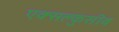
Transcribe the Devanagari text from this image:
एक्सक्लुसीव